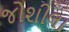
જોશીલા